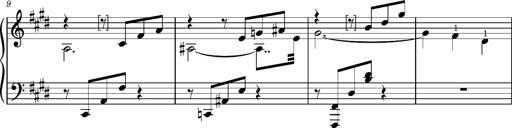
Title: Album-Leaf 'Cantique d'amour'
Composer: Franz Liszt
Key: E major